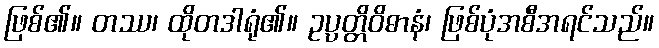
ဖြစ်၏။ တဿ၊ ထိုတဒါရုံ၏။ ဥပ္ပတ္တိဝိဓာနံ၊ ဖြစ်ပုံအစီအရင်သည်။